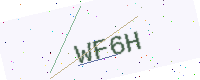
Text: WF6H